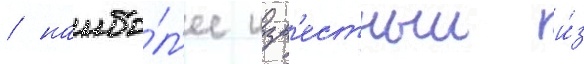
/ наибо́л'ее изв'естныи и́з